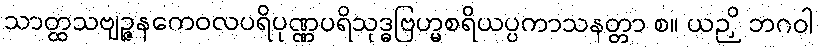
သာတ္ထသဗျဉ္ဇနကေဝလပရိပုဏ္ဏပရိသုဒ္ဓဗြဟ္မစရိယပ္ပကာသနတ္တာ စ။ ယဉှိ ဘဂဝါ